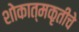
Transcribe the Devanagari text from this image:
शोकात्मकृतीचे